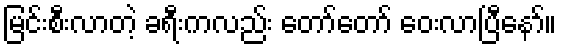
မြင်းစီးလာတဲ့ ခရီးကလည်း တော်တော် ဝေးလာပြီနော်။